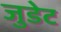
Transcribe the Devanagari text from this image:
जुडेट